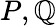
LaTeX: P,\mathbb{Q}